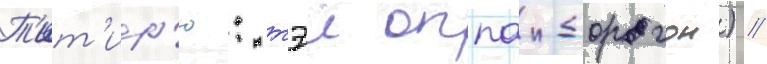
Т'ит'ир'ю: тэи оппаи-дорагон) //